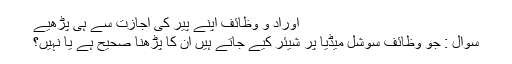
اَوراد و وَظائِف اپنے پیر کی اِجازت سے ہی پڑھیے
سُوال : جو وَظائِف سوشل میڈیا پر شیئر کیے جاتے ہیں ان کا پڑھنا صحیح ہے یا نہیں؟